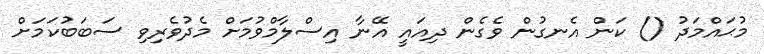
މުޙައްމަދު () ކަން އެނގުން ވެގެން ދިއައީ އޭނާ އިސްލާމްވުމަށް މެދުވެރިވި ސަބަބުކަމަށް